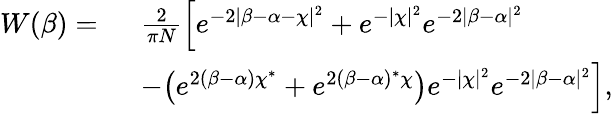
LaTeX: \begin{array}{rl}{W(\beta)=\ }&{\frac{2}{\pi N}\Big[e^{-2\lvert\beta-\alpha-\chi\rvert^{2}}+e^{-\lvert\chi\rvert^{2}}e^{-2\lvert\beta-\alpha\rvert^{2}}}\\ &{-\big(e^{2(\beta-\alpha)\chi^{*}}+e^{2(\beta-\alpha)^{*}\chi}\big)e^{-\lvert\chi\rvert^{2}}e^{-2\lvert\beta-\alpha\rvert^{2}}\Big],}\end{array}